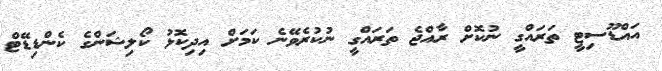
އައްޑޫސިޓީ ތަރައްގީ ނުކޮށް ރާއްޖެ ތަރައްގީ ނުކުރެވޭނެ ކަމަށް އިދިކޮޅު ކޯލިޝަންގެ ކެންޑިޑޭޓް